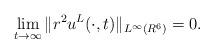
LaTeX: \begin{align*}\lim_{t\to\infty}\|r^2u^L(\cdot,t)\|_{L^{\infty}(R^6)}=0.\end{align*}